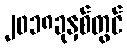
၂၀၁၈ခုနှစ်တွင်